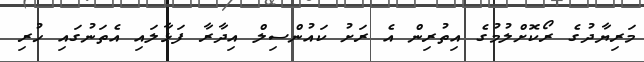
މަރިޔާދުގެ ރޯކޮށްލުމުގެ އިތުރިން އެ ރަށު ކައުންސިލް އިދާރާ ފަޅާލައި އެތަނުގައި ހުރި